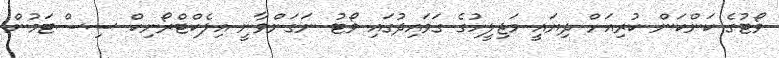
ވޯޓުގެ ކަންކަން ކުރިއަށް ދިޔައީ މަޖިލީހުގެ ގަވައިދުގައި ވޯޓު ނަގަންވާނީ އިލެކްޓްރޯނިކް ސިސްޓަމުން